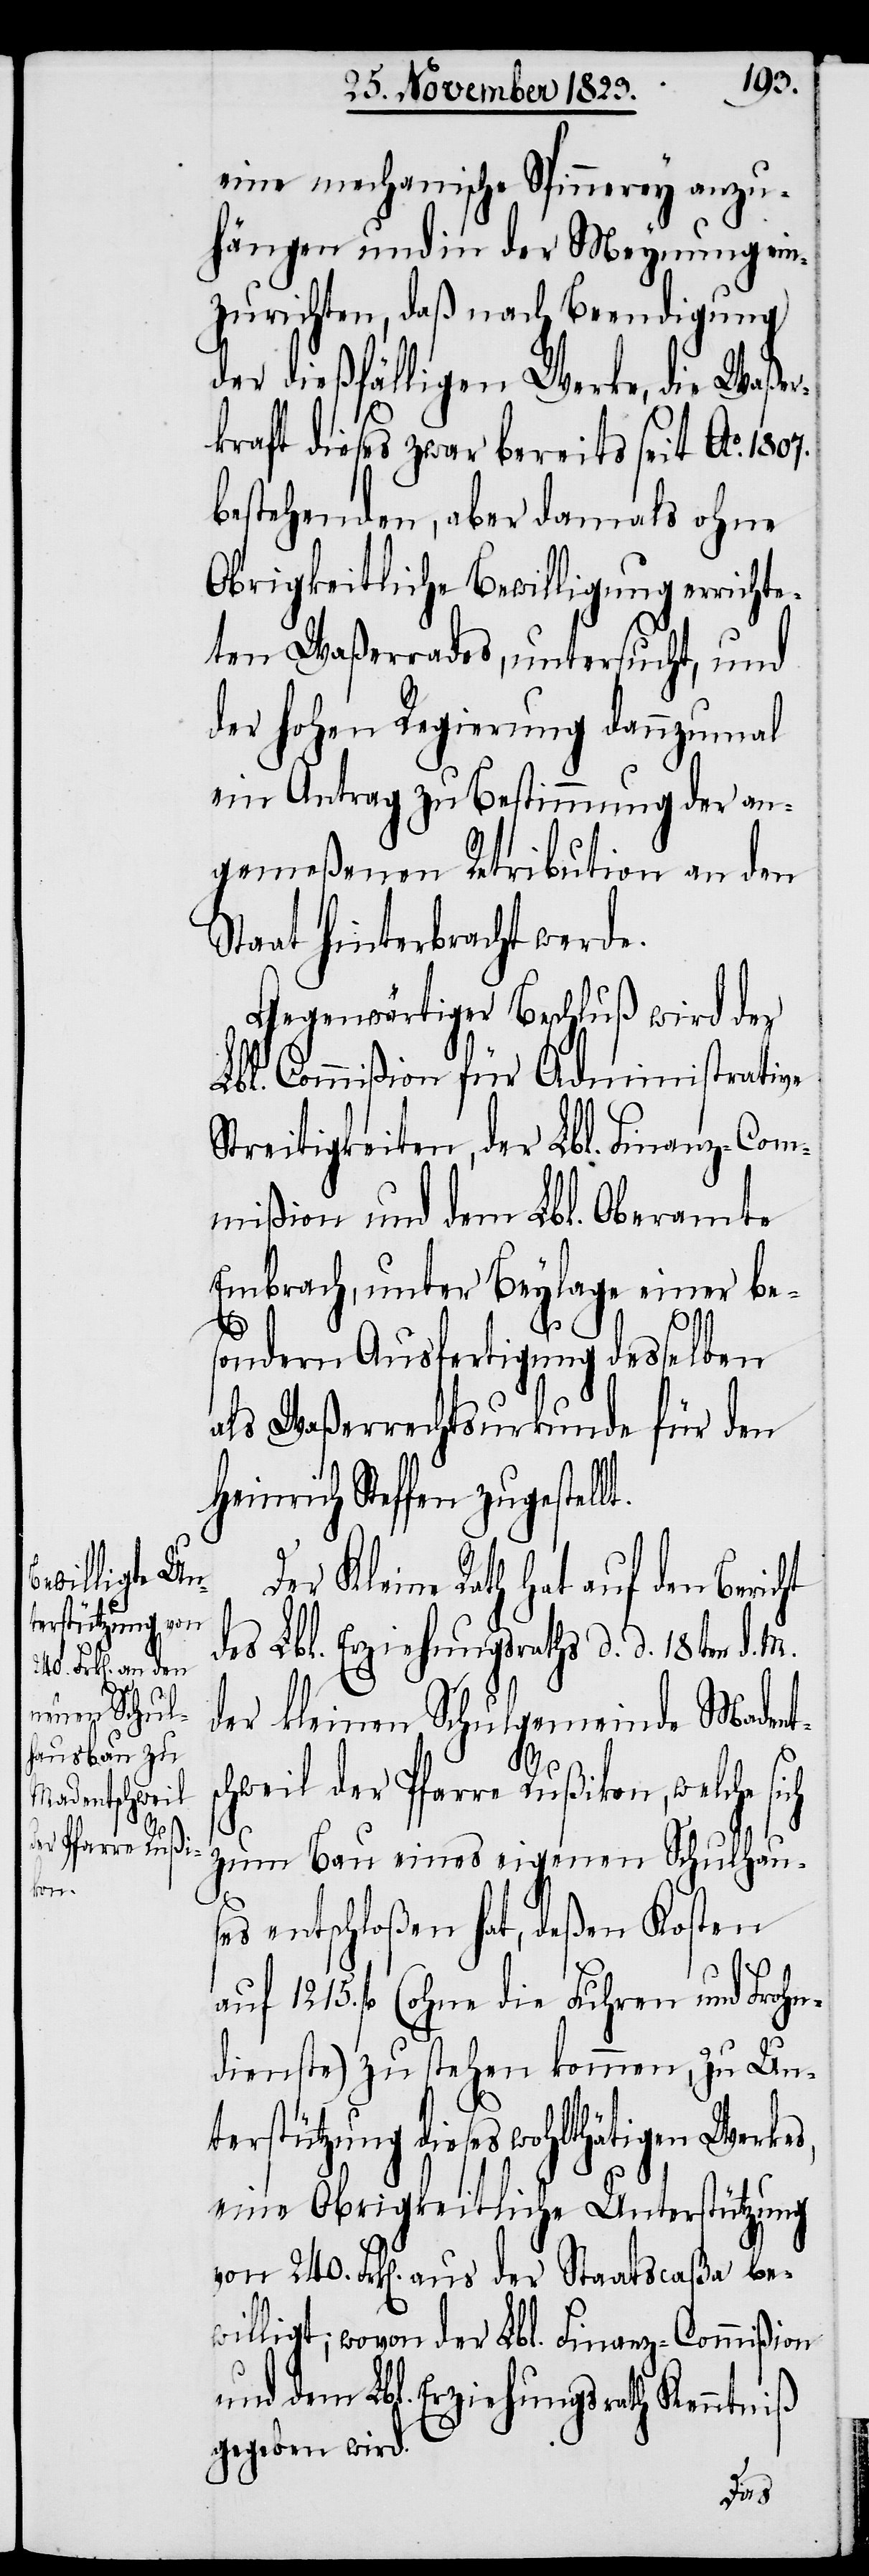
eine mechanische Spinnerey anzu¬
hängen und in der Meynung ein¬
zurichten, daß nach Beendigung
der dießfälligen Werke, die Waßer¬
kraft dieses zwar bereits seit Ao. 1807.
bestehenden, aber damals ohne
Obrigkeitliche Bewilligung errichte¬
ten Waßerrades, untersucht, und
der hohen Regierung dannzumal
ein Antrag zu Bestimmung der an¬
gemeßenen Retribution an den
Staat hinterbracht werde.
Gegenwärtiger Beschluß wird der
Lbl. Commißion für Administrative
Streitigkeiten, der Lbl. Finanz-Com¬
mißion und dem Lbl. Oberamte
Embrach, unter Beylage einer be¬
sondern Ausfertigung desselben
als Waßerrechtsurkunde für den
Heinrich Steffen zugestel¬
Der Kleine Rath hat auf den Bericht
des Lbl. Erziehungsraths d. d. 18ten d. M.
der kleinen Schulgemeinde Madent¬
chweil der Pfarre Rußikon, welche si¬
zum Bau eines eigenen Schulhau¬
ses entschloßen hat, deßen Kosten
auf 1215. fl (ohne die Fuhren und Frohn¬
dienste) zu stehen kommen, zu Un¬
ch
terstützung dieses wohlthätigen Werkes,
eine Obrigkeitliche Unterstützung
von 240. Frk[en]. aus der Staatscaßa be¬
willigt; wovon der Lbl. Finanz-Commißion
und dem Lbl. Erziehungsrath Kenntniß
gegeben wird.